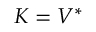
\b { K } = \b { V } ^ { * }